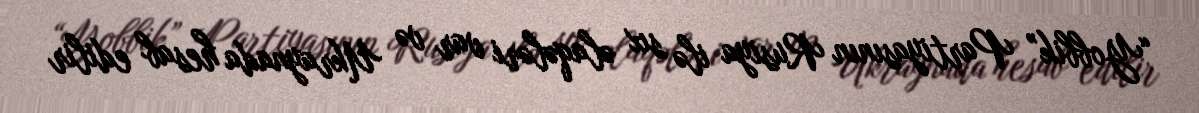
“Yobbik” Partiyasının Rusiya ilə sıx əlaqələri var və Ukraynada hesab edilir